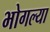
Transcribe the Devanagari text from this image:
भोगल्या